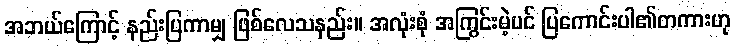
အဘယ်ကြောင့် နည်းပြကာမျှ ဖြစ်လေသနည်း။ အလုံးစုံ အကြွင်းမဲ့ပင် ပြကောင်းပါ၏တကားဟု